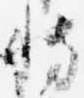
博